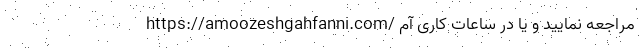
https://amoozeshgahfanni.com/ مراجعه نمایید و یا در ساعات کاری آم